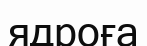
ядроға